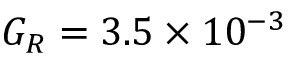
G _ { R } = 3 . 5 \times 1 0 ^ { - 3 }